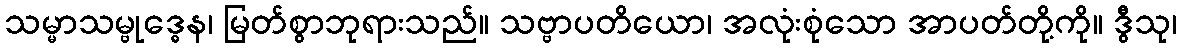
သမ္မာသမ္ဗုဒ္ဓေန၊ မြတ်စွာဘုရားသည်။ သဗ္ဗာပတိယော၊ အလုံးစုံသော အာပတ်တို့ကို။ ဒွီသု၊